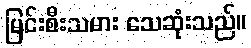
မြင်းစီးသမား သေဆုံးသည်။